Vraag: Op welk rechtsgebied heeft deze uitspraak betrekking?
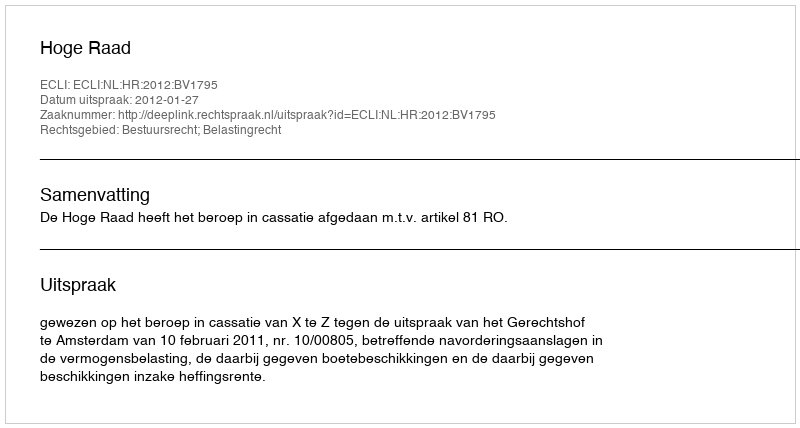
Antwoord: Bestuursrecht; Belastingrecht